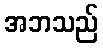
အဘသည်